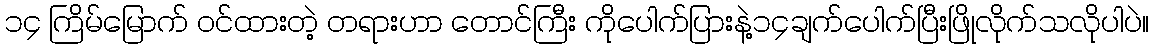
၁၄ ကြိမ်မြောက် ဝင်ထားတဲ့ တရားဟာ တောင်ကြီး ကိုပေါက်ပြားနဲ့၁၄ချက်ပေါက်ပြီးဖြိုလိုက်သလိုပါပဲ။